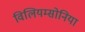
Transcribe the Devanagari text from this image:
विलियम्सोनिया